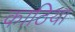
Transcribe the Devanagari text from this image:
काठिया